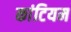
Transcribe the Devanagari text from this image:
कांटियम